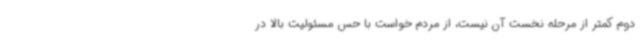
دوم کمتر از مرحله نخست آن نیست، از مردم خواست با حس مسئولیت بالا در